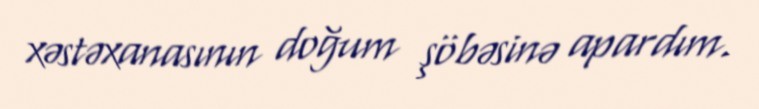
xəstəxanasının doğum şöbəsinə apardım.